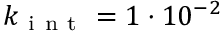
k _ { \mathrm { ~ i ~ n ~ t ~ } } = 1 \cdot 1 0 ^ { - 2 }